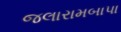
જલારામબાપા